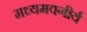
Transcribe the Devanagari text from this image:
मध्यमवगीर्य